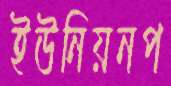
ইউনিয়নপ